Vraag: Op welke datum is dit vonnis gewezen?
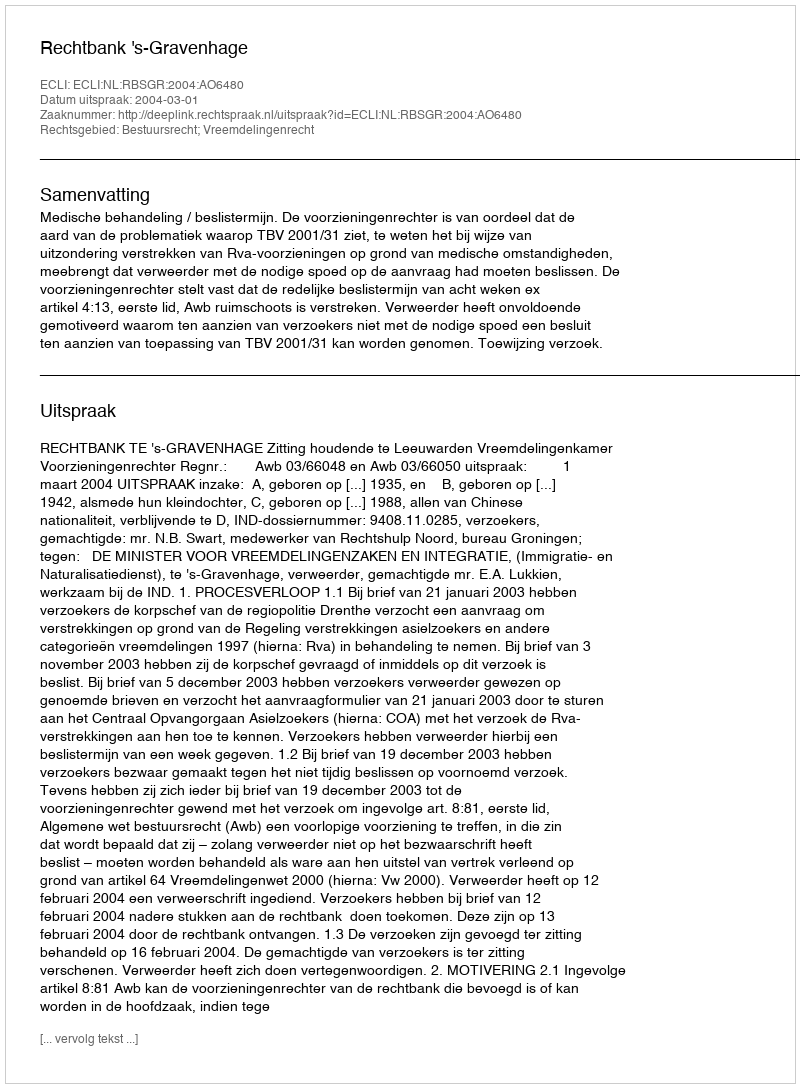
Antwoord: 2004-03-01